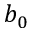
b _ { 0 }